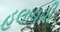
હલાવવી